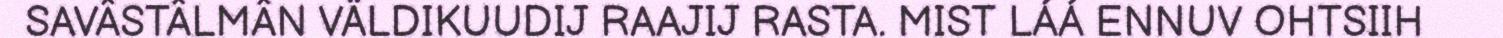
SAVÂSTÂLMÂN VÄLDIKUUDIJ RAAJIJ RASTA. MIST LÁÁ ENNUV OHTSIIH